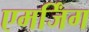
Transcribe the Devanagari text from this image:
एमर्जिंग